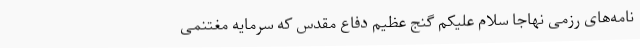
نامه‌های رزمی نهاجا سلام علیکم گنج عظیم دفاع مقدس که سرمایه مغتنمی